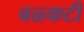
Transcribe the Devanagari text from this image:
बळ्कटी